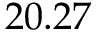
2 0 . 2 7